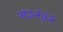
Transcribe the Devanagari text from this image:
ग३२३२